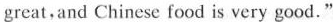
great, and Chinese food is very good."